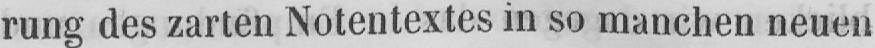
rung des zarten Notentextes in so manchen neuen